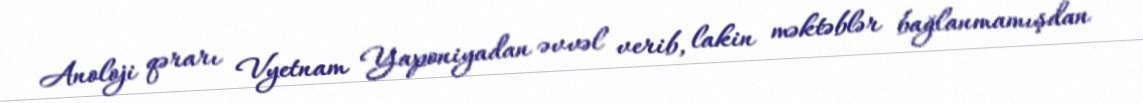
Anoloji qərarı Vyetnam Yaponiyadan əvvəl verib, lakin məktəblər bağlanmamışdan